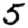
Digit: 5